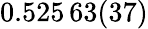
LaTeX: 0.525\, 63(37)